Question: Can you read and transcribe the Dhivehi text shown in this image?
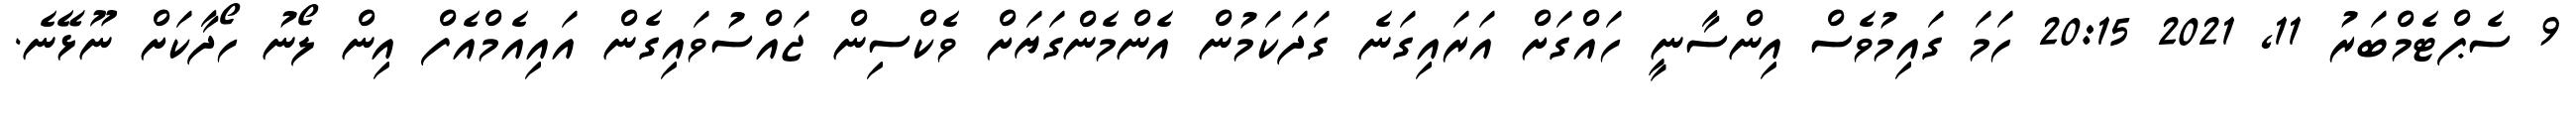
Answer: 9 ސެޕްޓެމްބަރު 11, 2021 20:15 ހަމަ ގައިމުވެސް އިންސާނީ ހައްގަށް އަރައިގަނެ ގަދަކަމުން އެންމެންގަޔަށް ވެކްސިން ޖައްސުވައިގެން އައިއެމްއެފް އިން ލޯނު ހޯދާކަށް ނޫޅޭނެ.